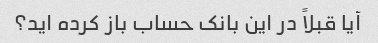
آیا قبلاً در این بانک حساب باز کرده اید؟